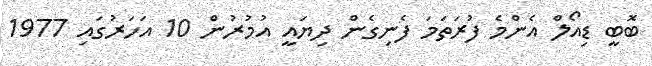
ބޮބީ ޑިއޯލް އެންމެ ފުރަތަމަ ފެނިގެން ދިޔައީ އުމުރުން 10 އަހަރުގައި 1977